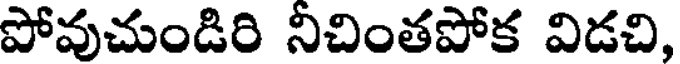
పోవుచుండిరి నిచింతపోక విడచి,